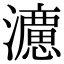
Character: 𭳩